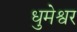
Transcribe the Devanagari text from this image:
धुमेश्वर